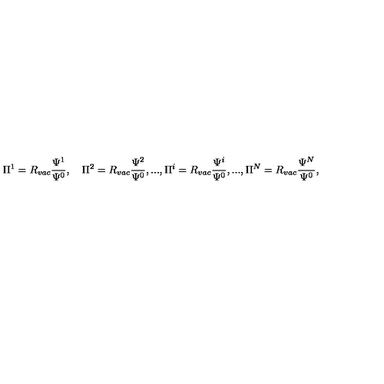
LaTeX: \Pi ^ { 1 } = R _ { v a c } \frac { \Psi ^ { 1 } } { \Psi ^ { 0 } } , \quad \Pi ^ { 2 } = R _ { v a c } \frac { \Psi ^ { 2 } } { \Psi ^ { 0 } } , . . . , \Pi ^ { i } = R _ { v a c } \frac { \Psi ^ { i } } { \Psi ^ { 0 } } , . . . , \Pi ^ { N } = R _ { v a c } \frac { \Psi ^ { N } } { \Psi ^ { 0 } } ,